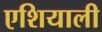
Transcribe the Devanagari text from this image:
एशियाली